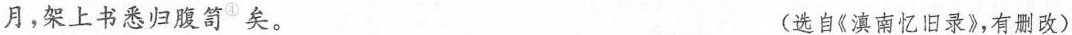
月，架上书悉归腹笥^{④} 矣。 (选自《滇南忆旧录》，有删改)